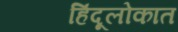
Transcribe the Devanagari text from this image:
हिंदूलोकात